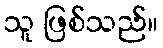
သူ ဖြစ်သည်။